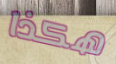
هكذا